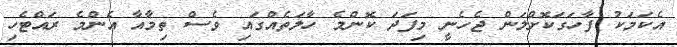
އެކަމަކު ފާހަގަކޮށްލަން ޖެހެނީ މިފަދަ ކޮންމެ ހާލަތެއްގައި ވެސް ތިމާއާ އެންމެ ރައްޓެހި